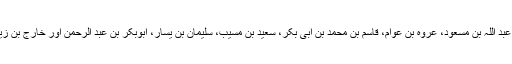
ان فقہا میں عبید اللہ بن عبد اللہ بن مسعود، عروہ بن عوام، قاسم بن محمد بن ابی بکر، سعید بن مسیب، سلیمان بن یسار، ابوبکر بن عبد الرحمن اور خارج بن زید کے نام قابل ذکر ہیں۔